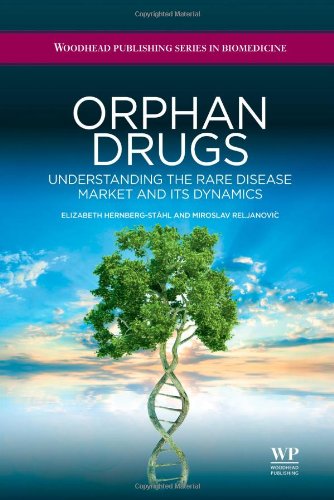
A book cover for Orphan Drugs: Understanding the Rare Disease Market and its Dynamics (Woodhead Publishing Series in Biomedicine); Elizabeth Hernberg-StÃ¥hl; Medical Books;